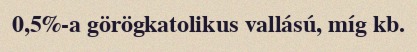
0,5%-a görögkatolikus vallású, míg kb.